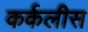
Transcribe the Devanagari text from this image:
कर्कलीस